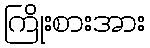
ကြိုးစားအား